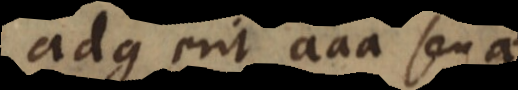
adg erit aaa seu